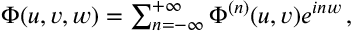
\begin{array} { r } { \Phi ( u , v , w ) = \sum _ { n = - \infty } ^ { + \infty } \Phi ^ { ( n ) } ( u , v ) e ^ { i n w } \, , } \end{array}